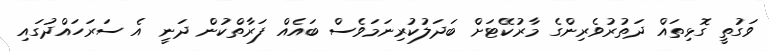
ވަގުތީ ގޮޅިތައް ދަތުރުވެރިންގެ މާރުކޭޓަށް ބަދަލުކުރިނަމަވެސް ބައެއް ފަރާތްކުން ދަނީ އެ ސަރަހައްދުގައި